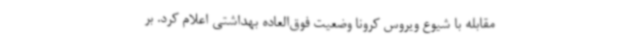
مقابله با شیوع ویروس کرونا وضعیت فوق‌العاده بهداشتی اعلام کرد. بر